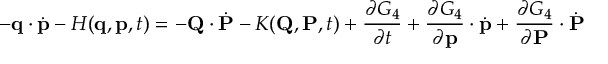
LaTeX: - \mathbf { q } \cdot { \dot { \mathbf { p } } } - H ( \mathbf { q } , \mathbf { p } , t ) = - \mathbf { Q } \cdot { \dot { \mathbf { P } } } - K ( \mathbf { Q } , \mathbf { P } , t ) + { \frac { \partial G _ { 4 } } { \partial t } } + { \frac { \partial G _ { 4 } } { \partial \mathbf { p } } } \cdot { \dot { \mathbf { p } } } + { \frac { \partial G _ { 4 } } { \partial \mathbf { P } } } \cdot { \dot { \mathbf { P } } }